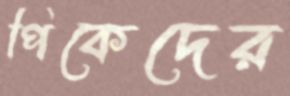
পিকেদের